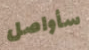
سأواصل